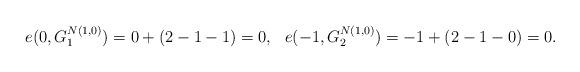
LaTeX: \begin{align*} e(0,G^{N(1,0)}_{1})&= 0 + (2-1-1)=0,& e(-1,G^{N(1,0)}_{2})&= -1 + (2-1-0)=0. \end{align*}